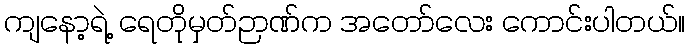
ကျနော့ရဲ့ ရေတိုမှတ်ဉာဏ်က အတော်လေး ကောင်းပါတယ်။